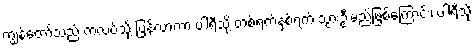
ကျွန်တော်သည် ကလပ်သို့ ပြန်လာကာ ပါရီသို့ တစ်ရက်နှစ်ရက် သွားဦးမည်ဖြစ်ကြောင်း၊ ပါရီသို့